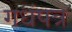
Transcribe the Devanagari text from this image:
गधंपत्र